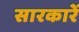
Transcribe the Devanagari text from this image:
सारकारें